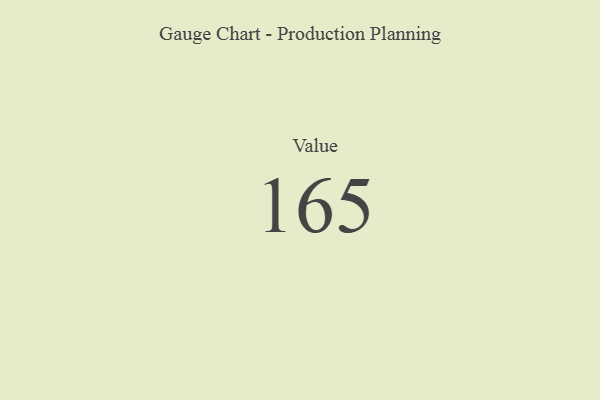
{"axis": {"x": "Metric", "y": "Value"}, "legend": [""], "data": [{"x": "Value", "y": 165, "type": ""}]}